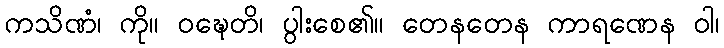
ကသိဏံ၊ ကို။ ဝဍ္ဎေတိ၊ ပွါးစေ၏။ တေနတေန ကာရဏေန ဝါ၊